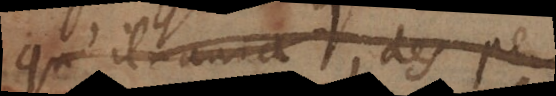
qu’il aura des per